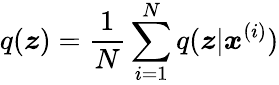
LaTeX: q(\boldsymbol{z})=\frac{1}{N}\sum_{i=1}^{N}q(\boldsymbol{z}|\boldsymbol{x}^{(i)})